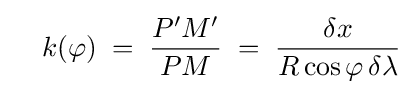
\quad k(\varphi )\;=\;{\frac {P'M'}{PM}}\;=\;{\frac {\delta x}{R\cos \varphi \,\delta \lambda }}